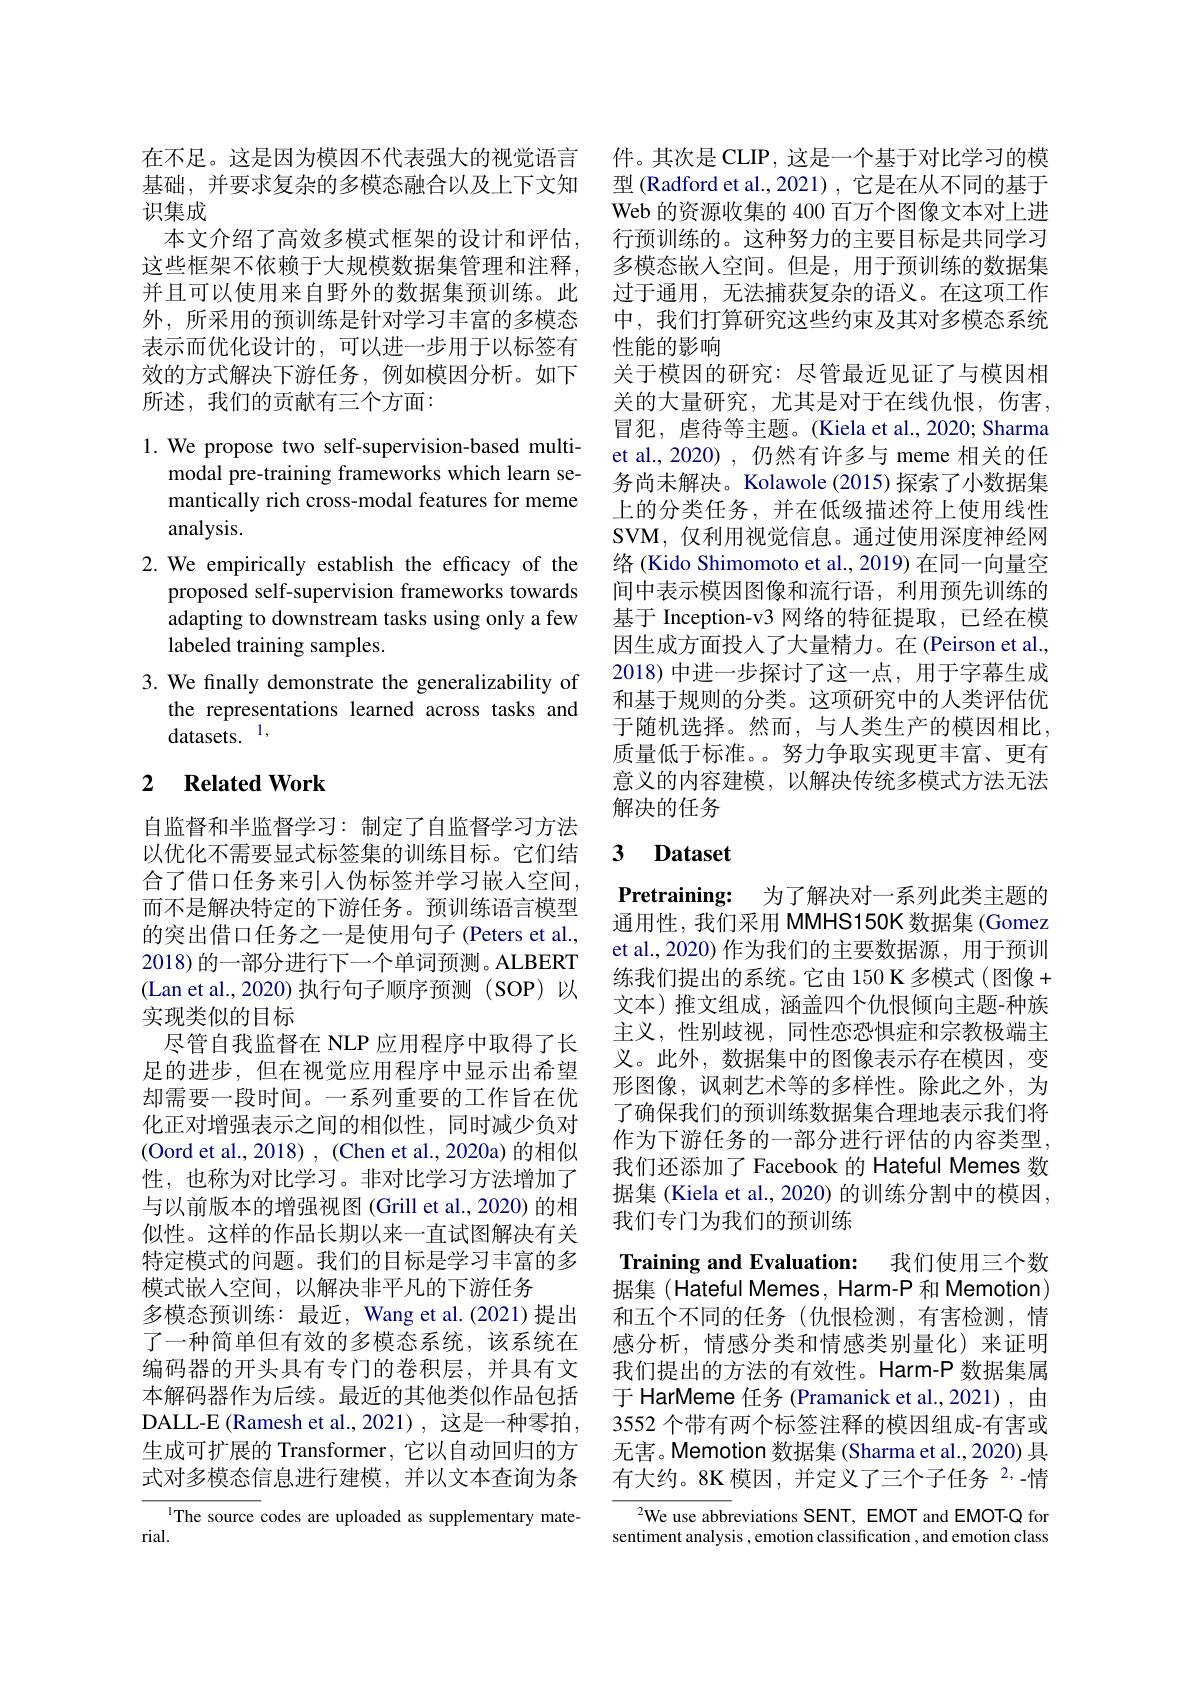
在不足。这是因为模因不代表强大的视觉语言 件。其次是 CLIP,这是一个基于对比学习的模
基础，并要求复杂的多模态融合以及上下文知
识集成
本文介绍了高效多模式框架的设计和评估， 这些框架不依赖于大规模数据集管理和注释， 并且可以使用来自野外的数据集预训练。此外，所采用的预训练是针对学习丰富的多模态表示而优化设计的，可以进一步用于以标签有效的方式解决下游任务，例如模因分析。如下所述，我们的贡献有三个方面：

1. We propose two self-supervision-based multi-
modal pre-training frameworks which learn semantically rich cross-modal features for meme analysis.
2.We empirically establish the efficacy of the
proposed self-supervision frameworks towards adapting to downstream tasks using only a few labeled training samples.
3. We fnally demonstrate the generalizability of
the representations learned across tasks and
datasets. 1,

## 2 $\textbf{Related Work}$

自监督和半监督学习：制定了自监督学习方法以优化不需要显式标签集的训练目标。它们结合了借口任务来引入伪标签并学习嵌入空间， 而不是解决特定的下游任务。预训练语言模型的突出借口任务之一是使用句子 (Peters et al., 2018) 的一部分进行下一个单词预测。ALBERT (Lan et al., 2020)执行句子顺序预测(SOP)以实现类似的目标
尽管自我监督在 NLP 应用程序中取得了长足的进步，但在视觉应用程序中显示出希望却需要一段时间。一系列重要的工作旨在优化正对增强表示之间的相似性，同时减少负对(Oord et al., 2018) , (Chen et al., 2020a) 的相似性，也称为对比学习。非对比学习方法增加了与以前版本的增强视图(Grill et al., 2020) 的相似性。这样的作品长期以来一直试图解决有关特定模式的问题。我们的目标是学习丰富的多模式嵌入空间，以解决非平凡的下游任务
多模态预训练：最近，Wang et al.(2021)提出了一种简单但有效的多模态系统，该系统在编码器的开头具有专门的卷积层，并具有文本解码器作为后续。最近的其他类似作品包括DALL-E (Ramesh et al.,2021),这是一种零拍， 生成可扩展的 Transformer, 它以自动回归的方式对多模态信息进行建模，并以文本查询为条
IThe source codes are uploaded as supplementary mate-

rial.

型 (Radford et al.,2021) ,它是在从不同的基于Web 的资源收集的 400 百万个图像文本对上进行预训练的。这种努力的主要目标是共同学习多模态嵌入空间。但是，用于预训练的数据集过于通用，无法捕获复杂的语义。在这项工作中，我们打算研究这些约束及其对多模态系统性能的影响
关于模因的研究：尽管最近见证了与模因相关的大量研究，尤其是对于在线仇恨，伤害， 冒犯，虐待等主题。(Kiela et al., 2020; Sharma et al., 2020) , 仍然有许多与 meme 相关的任务尚未解决。Kolawole (2015) 探索了小数据集上的分类任务，并在低级描述符上使用线性SVM, 仅利用视觉信息。通过使用深度神经网络 (Kido Shimomoto et al., 2019) 在同一向量空间中表示模因图像和流行语，利用预先训练的基于 Inception-v3 网络的特征提取，已经在模因生成方面投入了大量精力。在 (Peirson et al., 2018)中进一步探讨了这一点，用于字幕生成和基于规则的分类。这项研究中的人类评估优于随机选择。然而，与人类生产的模因相比， 质量低于标准。。努力争取实现更丰富、更有意义的内容建模，以解决传统多模式方法无法解决的任务

# 3 Dataset

$\textbf{Pretraining: }$ 为了解决对一系列此类主题的

通用性，我们采用 MMHS150K 数据集 (Gomez) et al., 2020) 作为我们的主要数据源，用于预训练我们提出的系统。它由 150 K 多模式 (图像+ 文本)推文组成，涵盖四个仇恨倾向主题-种族主义，性别歧视，同性恋恐惧症和宗教极端主义。此外，数据集中的图像表示存在模因，变形图像，讽刺艺术等的多样性。除此之外，为了确保我们的预训练数据集合理地表示我们将作为下游任务的一部分进行评估的内容类型， 我们还添加了 Facebook 的 Hateful Memes 数据集 (Kiela et al., 2020) 的训练分割中的模因， 我们专门为我们的预训练

Training and Evaluation: 我们使用三个数

据集 ( Hateful Memes, Harm-P 和 Memotion) 和五个不同的任务(仇恨检测，有害检测，情感分析，情感分类和情感类别量化)来证明我们提出的方法的有效性。Harm-P 数据集属于 HarMeme 任务 (Pramanick et al.,2021), 由3552 个带有两个标签注释的模因组成-有害或无害。Memotion 数据集 (Sharma et al., 2020) 具有大约。8K 模因，并定义了三个子任务 2,-情

$^{2}$We use abbreviations SENT, EMOT and EMOT-Q for sentiment analysis , emotion classification , and emotion class